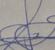
Signature authenticity: genuine